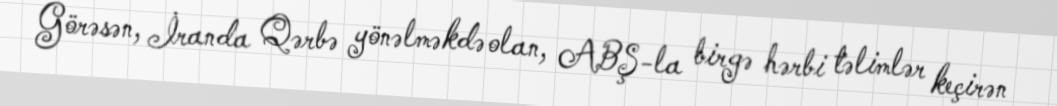
Görəsən, İranda Qərbə yönəlməkdə olan, ABŞ-la birgə hərbi təlimlər keçirən